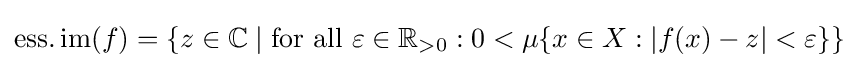
\operatorname {ess.im} (f)=\left\{z\in \mathbb {C} \mid {\text{for all}}\ \varepsilon \in \mathbb {R} _{>0}:0<\mu \{x\in X:|f(x)-z|<\varepsilon \}\right\}